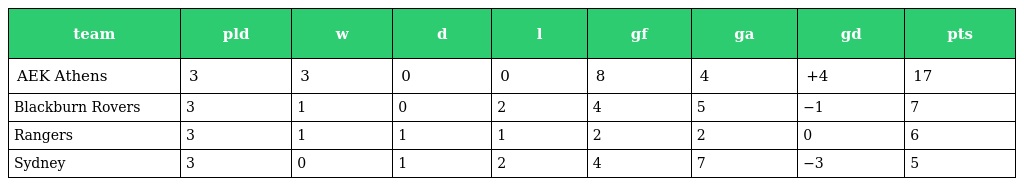
| team | pld | w | d | l | gf | ga | gd | pts |
 | --- | --- | --- | --- | --- | --- | --- | --- | --- |
 | AEK Athens | 3 | 3 | 0 | 0 | 8 | 4 | +4 | 17 |
 | Blackburn Rovers | 3 | 1 | 0 | 2 | 4 | 5 | −1 | 7 |
 | Rangers | 3 | 1 | 1 | 1 | 2 | 2 | 0 | 6 |
 | Sydney | 3 | 0 | 1 | 2 | 4 | 7 | −3 | 5 |